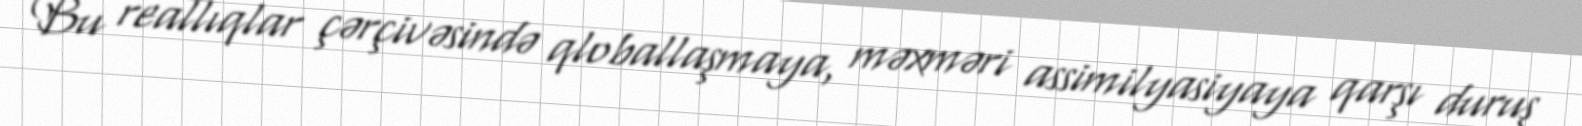
Bu reallıqlar çərçivəsində qloballaşmaya, məxməri assimilyasiyaya qarşı duruş